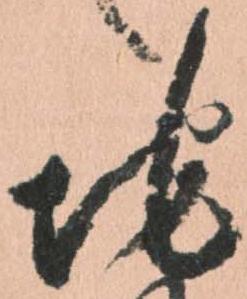
地